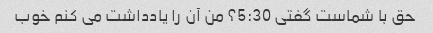
حق با شماست گفتی 5:30؟ من آن را یادداشت می کنم خوب